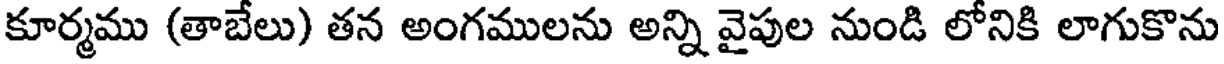
కూర్మము (తాబేలు) తన అంగములను అన్ని వైపుల నుండి లోనికి లాగుకొను